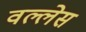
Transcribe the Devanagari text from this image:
वल्लेस